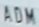
ADM